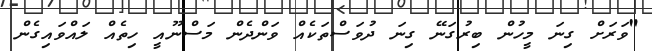
"ވަރަށް ގިނަ މީހުން ބިރުގަނޭ ގިނަ ދުވަސްތަކެއް ވަންދެން މަސްނޫއީ ހިތެއް ލައްވައިގެން